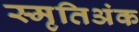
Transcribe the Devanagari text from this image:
स्मृतिअंक